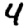
Digit: 4